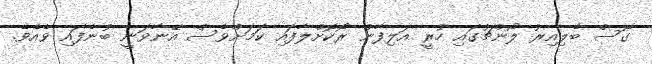
ގޮސް ބެލިއިރު ލޯންޗުގައި ހުރީ އަލިފާން ރޯކޮށްލާފައި ކަމަށްވެސް އޭނާވަނީ ބުނެފައި ވެއެވެ.